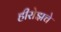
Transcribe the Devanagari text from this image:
हीरोझचे